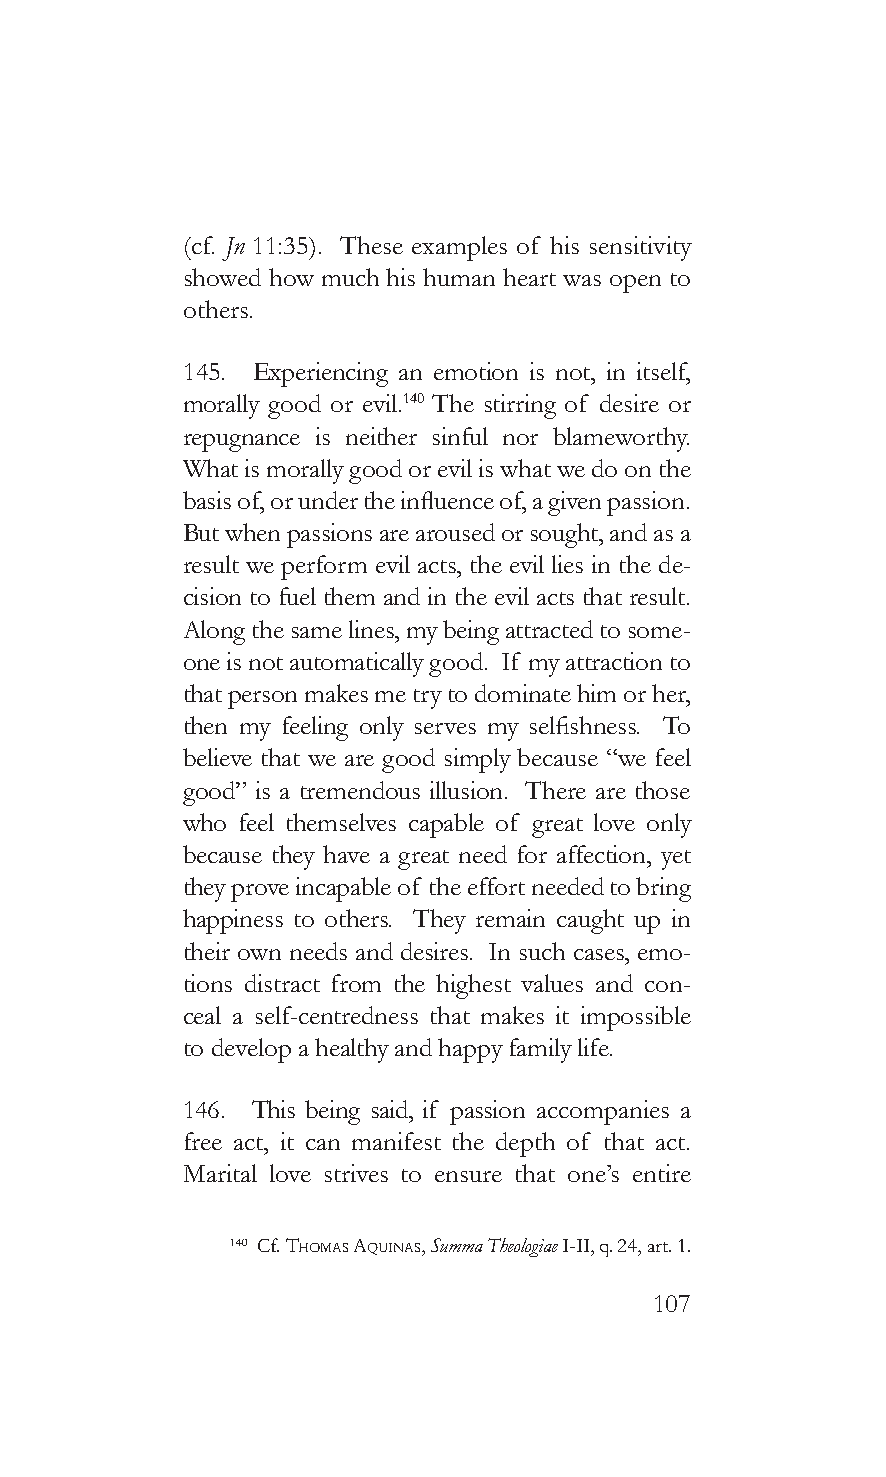
(cf. Jn 11:35). These examples of his sensitivity
 showed how much his human heart was open to
 others.
 145. Experiencing an emotion is not, in itself,
 morally good or evil.140 The stirring of desire or
 repugnance is neither sinful nor blameworthy.
 What is morally good or evil is what we do on the
 basis of, or under the influence of, a given passion.
 But when passions are aroused or sought, and as a
 result we perform evil acts, the evil lies in the de-
 cision to fuel them and in the evil acts that result.
 Along the same lines, my being attracted to some-
 one is not automatically good. If my attraction to
 that person makes me try to dominate him or her,
 then my feeling only serves my selfishness. To
 believe that we are good simply because “we feel
 good” is a tremendous illusion. There are those
 who feel themselves capable of great love only
 because they have a great need for affection, yet
 they prove incapable of the effort needed to bring
 happiness to others. They remain caught up in
 their own needs and desires. In such cases, emo-
 tions distract from the highest values and con-
 ceal a self-centredness that makes it impossible
 to develop a healthy and happy family life.
 146. This being said, if passion accompanies a
 free act, it can manifest the depth of that act.
 Marital love strives to ensure that one’s entire
 140 Cf. Thomas aquinas, Summa Theologiae I-II, q. 24, art. 1.
 107